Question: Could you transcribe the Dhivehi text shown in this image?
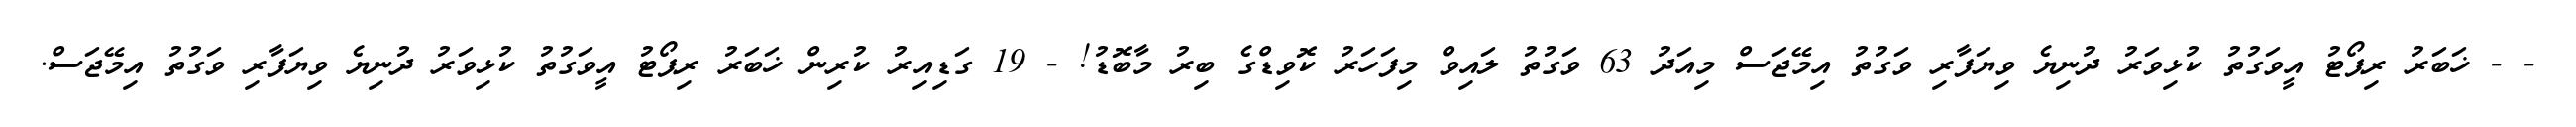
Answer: - - ޚަބަރު ރިޕޯޓު އީވަގުތު ކުޅިވަރު ދުނިޔެ ވިޔަފާރި ވަގުތު އިމޭޖަސް މިއަދު 63 ވަގުތު ލައިވް މިފަހަރު ކޮވިޑްގެ ބިރު މާބޮޑު! - 19 ގަޑިއިރު ކުރިން ޚަބަރު ރިޕޯޓު އީވަގުތު ކުޅިވަރު ދުނިޔެ ވިޔަފާރި ވަގުތު އިމޭޖަސް.